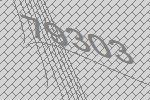
79303